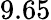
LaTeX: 9.65